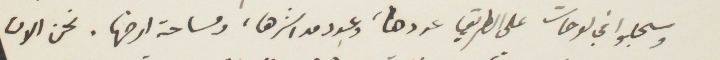
وسجلوا في لوحات على الطريق عددها، وعدد مداشرها، ومساحة ارضها. نحن الان